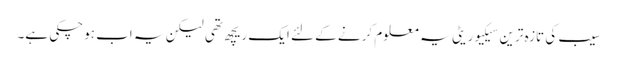
سیب کی تازہ ترین سیکیوریٹی یہ معلوم کرنے کے لئے ایک ریچھ تھی لیکن یہ اب ہوچکی ہے۔